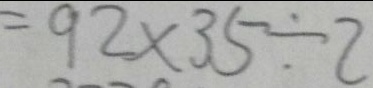
= 9 2 \times 3 5 \div 2